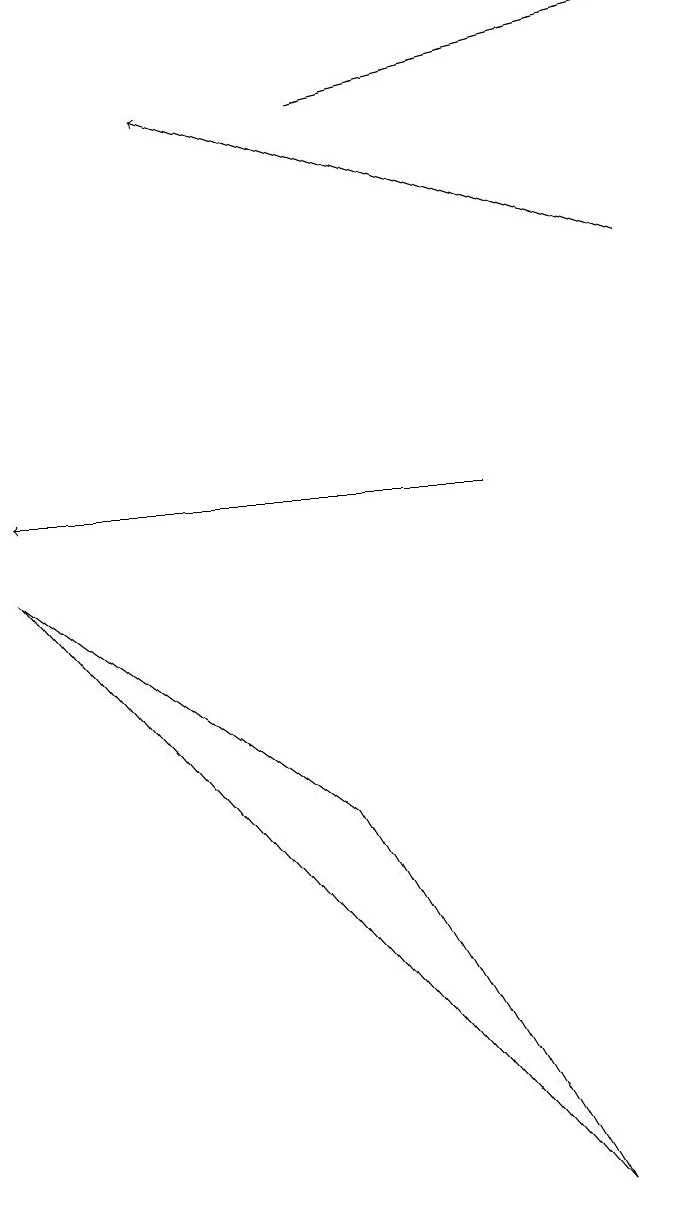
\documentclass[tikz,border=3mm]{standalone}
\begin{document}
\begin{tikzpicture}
\draw (0,9) -- (4,6) -- (7,1) -- cycle;
\draw[->] (8,13) -- (2,15);
\draw[->] (4,15) -- (8,16);
\draw[->] (6,10) -- (0,10);
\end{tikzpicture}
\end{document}